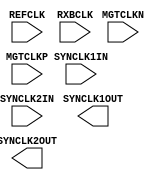
// $Header: /devl/xcs/repo/env/Databases/CAEInterfaces/xec_libs/data/unisims/GT11CLK.v,v 1.1 2005/05/10 01:20:04 wloo Exp $

`timescale 1 ps / 1 ps 

module GT11CLK (
	SYNCLK1OUT,
	SYNCLK2OUT,
	MGTCLKN,
	MGTCLKP,
	REFCLK,
	RXBCLK,
	SYNCLK1IN,
	SYNCLK2IN
);

parameter REFCLKSEL = "MGTCLK";
parameter SYNCLK1OUTEN = "ENABLE";
parameter SYNCLK2OUTEN = "DISABLE";

output SYNCLK1OUT;
output SYNCLK2OUT;

input MGTCLKN;
input MGTCLKP;
input REFCLK;
input RXBCLK;
input SYNCLK1IN;
input SYNCLK2IN;

endmodule